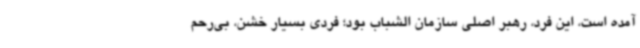
آمده است، این فرد، رهبر اصلی سازمان الشباب بود؛ فردی بسیار خشن، بی‌رحم